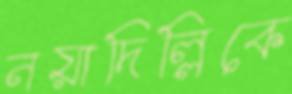
নয়াদিল্লিকে